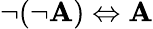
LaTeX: \neg(\neg\mathbf{A})\Leftrightarrow\mathbf{A}